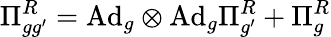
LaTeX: \Pi_{gg^{\prime}}^{R}=\mathrm{Ad}_{g}\otimes\mathrm{Ad}_{g}\Pi_{g^{\prime}}^{R}+\Pi_{g}^{R}